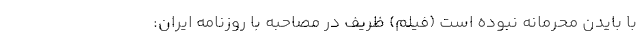
با بایدن محرمانه نبوده است (فیلم) ظریف در مصاحبه با روزنامه ایران: